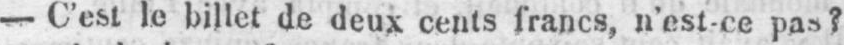
- C’est le billet de deux cents francs, n’est-ce pas?